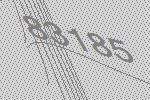
83185